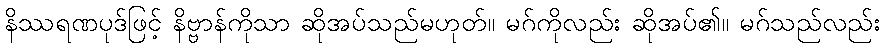
နိဿရဏပုဒ်ဖြင့် နိဗ္ဗာန်ကိုသာ ဆိုအပ်သည်မဟုတ်။ မဂ်ကိုလည်း ဆိုအပ်၏။ မဂ်သည်လည်း